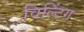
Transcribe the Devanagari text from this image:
विल्टिंग